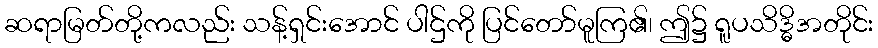
ဆရာမြတ်တို့ကလည်း သန့်ရှင်းအောင် ပါဌ်ကို ပြင်တော်မူကြ၏၊ ဤ၌ ရူပသိဒ္ဓိအတိုင်း